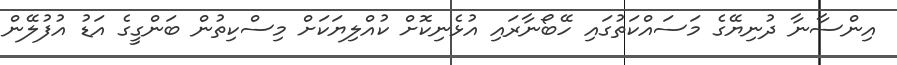
އިންސާނާ ދުނިޔޭގެ މަސައްކަތުގައި ހޭބޯނާރައި އުޅެނިކޮށް ކުއްލިޔަކަށް މިސްކިތުން ބަންގީގެ އަޑު އުފުލޭން